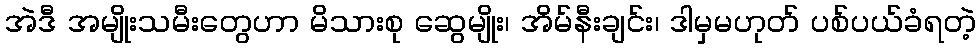
အဲဒီ အမျိုးသမီးတွေဟာ မိသားစု ဆွေမျိုး၊ အိမ်နီးချင်း၊ ဒါမှမဟုတ် ပစ်ပယ်ခံရတဲ့